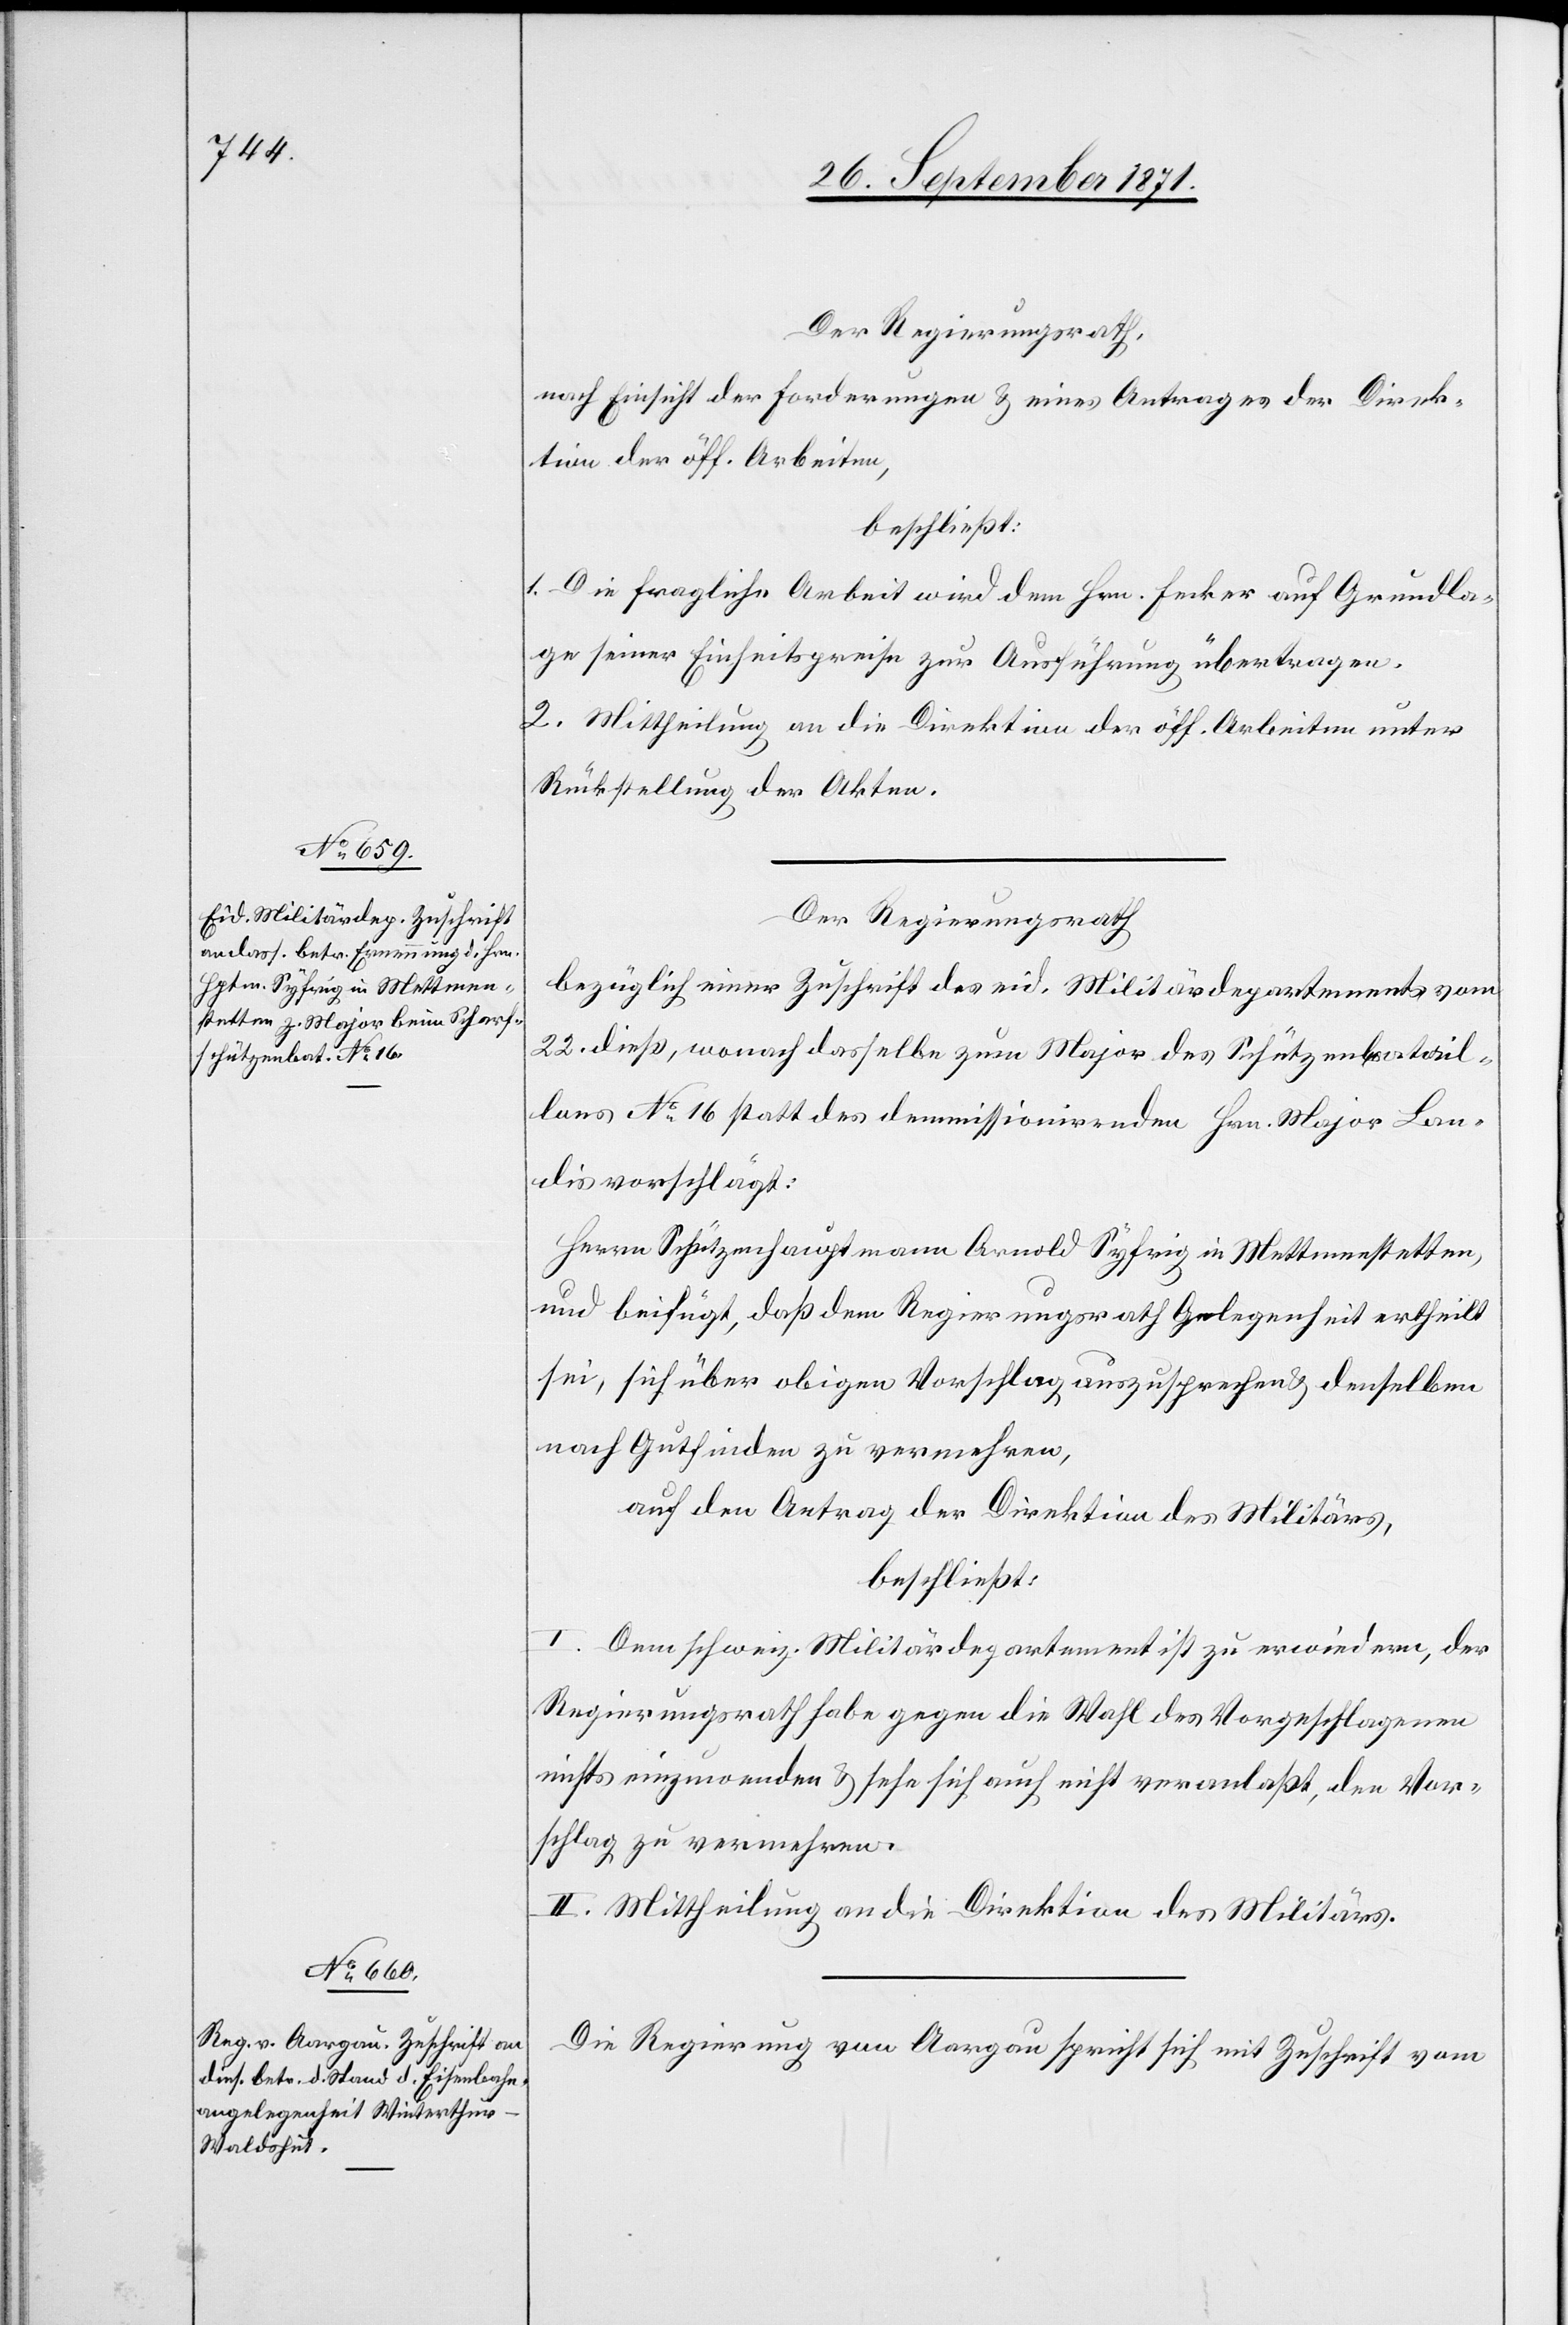
Der Regierungsrath,
nach Einsicht der Forderungen & eines Antrages der Direk¬
tion der öff. Arbeiten,
beschließt:
1. Die fragliche Arbeit wird dem Hrn. Fecker auf Grundla¬
ge seiner Einheitspreise zur Ausführung übertragen.
2. Mittheilung an die Direktion der öff. Arbeiten unter
Rückstellung der Akten.
Der Regierungsrath
bezüglich einer Zuschrift des eid. Militärdepartements vom
22. dieß, wonach dasselbe zum Major des Schützenbatail¬
lons No 16 statt des demissionirenden Hrn. Major Lan¬
dis vorschlägt:
Herrn Schützenhauptmann Arnold Syfrig in Mettmenstetten,
und beifügt, daß dem Regierungsrath Gelegenheit ertheilt
sei, sich über obigen Vorschlag auszusprechen & denselben
nach Gutfinden zu vermehren,
auf den Antrag der Direktion des Militärs,
beschließt:
I. Dem schweiz. Militärdepartement ist zu erwiedern, der
Regierungsrath habe gegen die Wahl des Vorgeschlagenen
nichts einzuwenden & sehe sich auch nicht veranlaßt, den Vor¬
schlag zu vermehren.
II. Mittheilung an die Direktion des Militärs.
Die Regierung von Aargau spricht sich mit Zuschrift vom